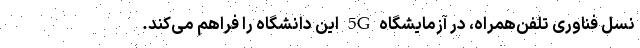
نسل فناوری تلفن‌همراه، در آزمایشگاه 5G این دانشگاه را فراهم می‌کند.